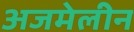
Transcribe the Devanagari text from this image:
अजमेलीन